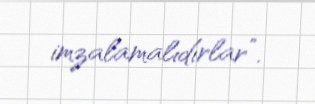
imzalamalıdırlar”.